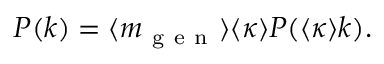
P ( k ) = \langle m _ { \mathrm { ~ g ~ e ~ n ~ } } \rangle \langle \kappa \rangle P ( \langle \kappa \rangle k ) .